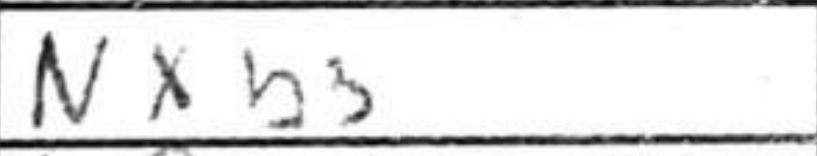
Transcription: Nxb3